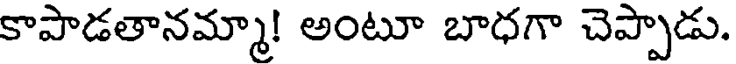
కాపాడతానమ్మా! అంటూ బాధగా చెప్పాడు.